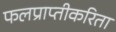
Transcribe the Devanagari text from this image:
फलप्राप्तीकरिता